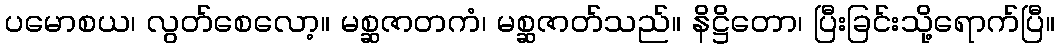
ပမောစယ၊ လွတ်စေလော့။ မစ္ဆဇာတကံ၊ မစ္ဆဇာတ်သည်။ နိဋ္ဌိတော၊ ပြီးခြင်းသို့ရောက်ပြီ။